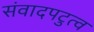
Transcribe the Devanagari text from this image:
संवादपटुत्व